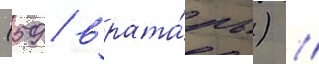
(59 / врата́рь) //